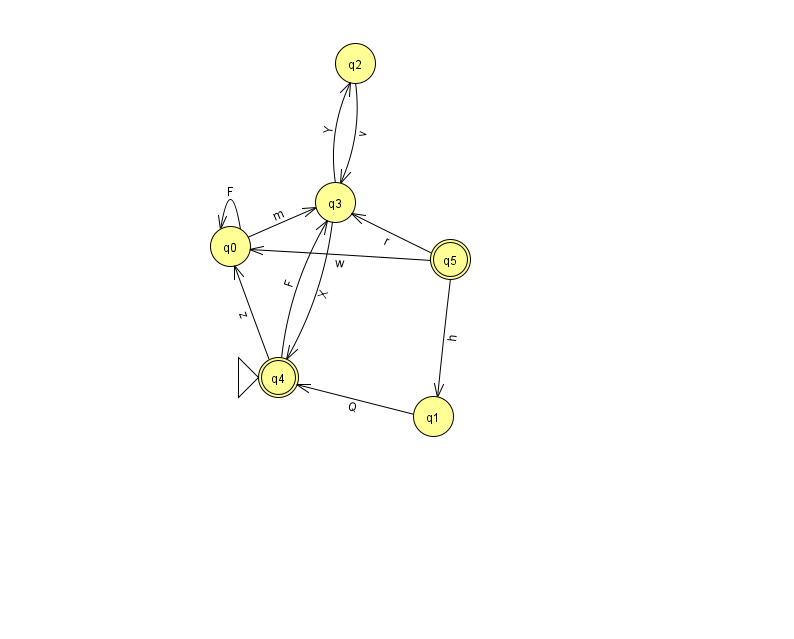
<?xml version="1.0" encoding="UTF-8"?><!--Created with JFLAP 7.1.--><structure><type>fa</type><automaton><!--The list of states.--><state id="0" name="q0"><x>230.0</x><y>233.0</y></state><state id="1" name="q1"><x>433.0</x><y>403.0</y></state><state id="2" name="q2"><x>355.0</x><y>50.0</y></state><state id="3" name="q3"><x>335.0</x><y>189.0</y></state><state id="4" name="q4"><x>278.0</x><y>364.0</y><initial/><final/></state><state id="5" name="q5"><x>450.0</x><y>246.0</y><final/></state><!--The list of transitions.--><transition><from>5</from><to>0</to><read>w</read></transition><transition><from>3</from><to>2</to><read>Y</read></transition><transition><from>3</from><to>4</to><read>X</read></transition><transition><from>0</from><to>0</to><read>F</read></transition><transition><from>5</from><to>1</to><read>h</read></transition><transition><from>0</from><to>3</to><read>m</read></transition><transition><from>4</from><to>3</to><read>F</read></transition><transition><from>4</from><to>0</to><read>z</read></transition><transition><from>2</from><to>3</to><read>v</read></transition><transition><from>1</from><to>4</to><read>Q</read></transition><transition><from>5</from><to>3</to><read>r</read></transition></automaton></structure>